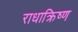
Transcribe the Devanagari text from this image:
राधाक्रिष्ण